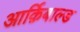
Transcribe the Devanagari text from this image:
आर्क़िबाल्ड